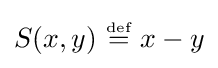
S(x,y)~{\stackrel {\scriptscriptstyle {\text{def}}}{=}}~x-y